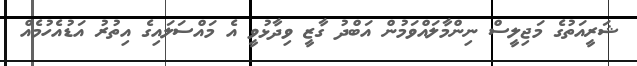
ޝަރީއަތުގެ މަޖިލީސް ނިންމާލައްވަމުން އަބްދު ގާޒީ ވިދާޅުވީ އެ މައްސަލައިގެ އިތުރު އަޑުއެހުމެއް